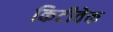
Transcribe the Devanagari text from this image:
किटीवेक